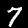
Digit: 7